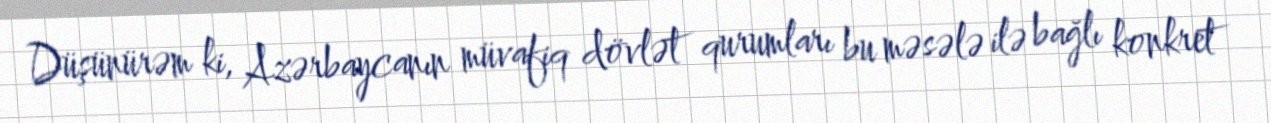
Düşünürəm ki, Azərbaycanın müvafiq dövlət qurumları bu məsələ ilə bağlı konkret